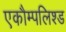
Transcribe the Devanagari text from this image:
एकौम्पलिश्ड